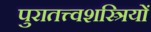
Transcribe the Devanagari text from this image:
पुरातत्त्वशस्त्रियों